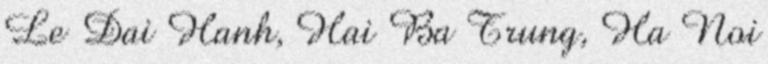
Le Dai Hanh, Hai Ba Trung, Ha Noi